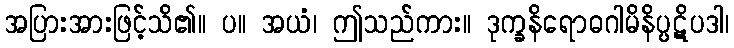
အပြားအားဖြင့်သိ၏။ ပ။ အယံ၊ ဤသည်ကား။ ဒုက္ခနိရောဓဂါမိနိပ္ပဋိပဒါ၊